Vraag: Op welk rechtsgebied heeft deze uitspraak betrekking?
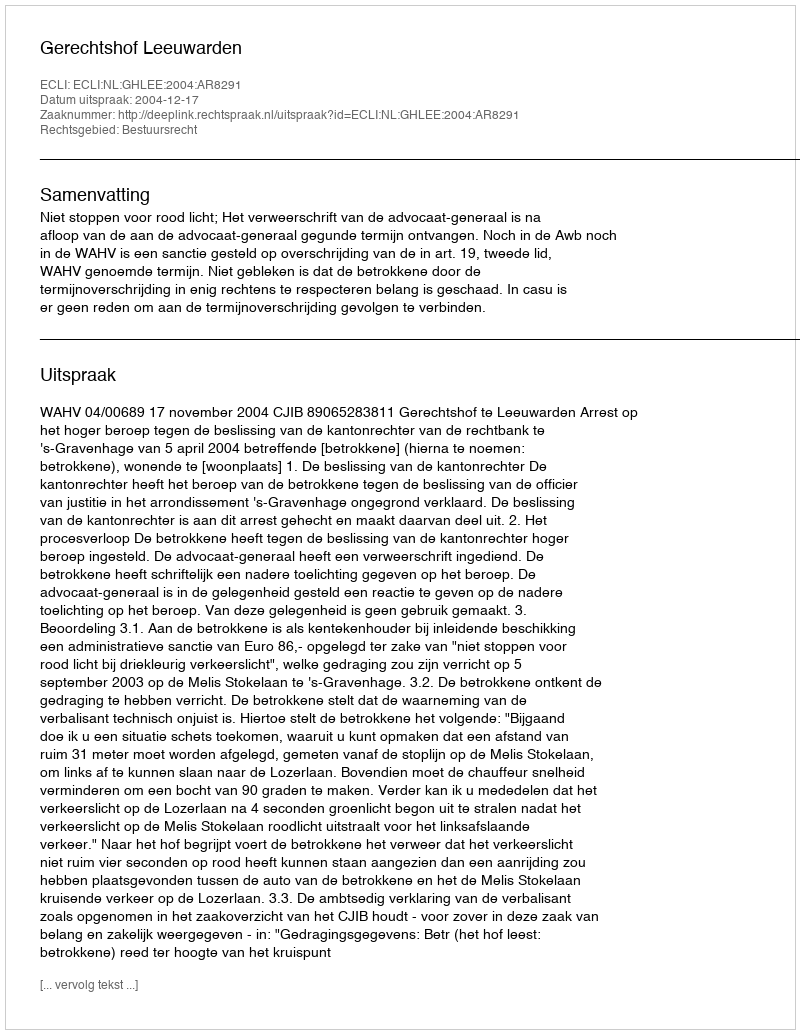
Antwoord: Bestuursrecht